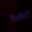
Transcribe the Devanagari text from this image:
डिस्कीटों